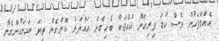
އެެއްމެފަހުން ވެސް ކުޑަ ފިރިހެން ކުއްޖަކާ ބެހިގެން ހައްޔަރު ކޮށްގެން ތިޔަ ރަށަކުންގެނާ